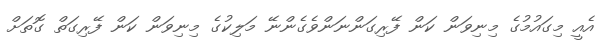
އެއީ މިގައުމުގެ މިނިވަން ކަން ފޭރިގަންނަންވެގެންނޭ މަލިކުގެ މިނިވަން ކަން ފޭރިގަތް ގޮތަށް